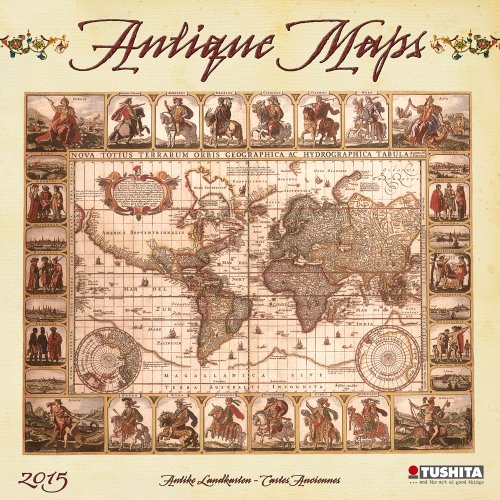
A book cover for Antique Maps (Media Illustration); Tushita Publishing; Calendars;